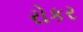
રોકર